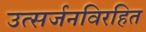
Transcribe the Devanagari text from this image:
उत्सर्जनविरहित